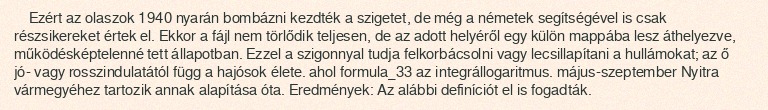
Ezért az olaszok 1940 nyarán bombázni kezdték a szigetet, de még a németek segítségével is csak részsikereket értek el. Ekkor a fájl nem törlődik teljesen, de az adott helyéről egy külön mappába lesz áthelyezve, működésképtelenné tett állapotban. Ezzel a szigonnyal tudja felkorbácsolni vagy lecsillapítani a hullámokat; az ő jó- vagy rosszindulatától függ a hajósok élete. ahol formula_33 az integrállogaritmus. május-szeptember Nyitra vármegyéhez tartozik annak alapítása óta. Eredmények: Az alábbi definíciót el is fogadták.